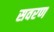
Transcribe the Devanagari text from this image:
सवरण